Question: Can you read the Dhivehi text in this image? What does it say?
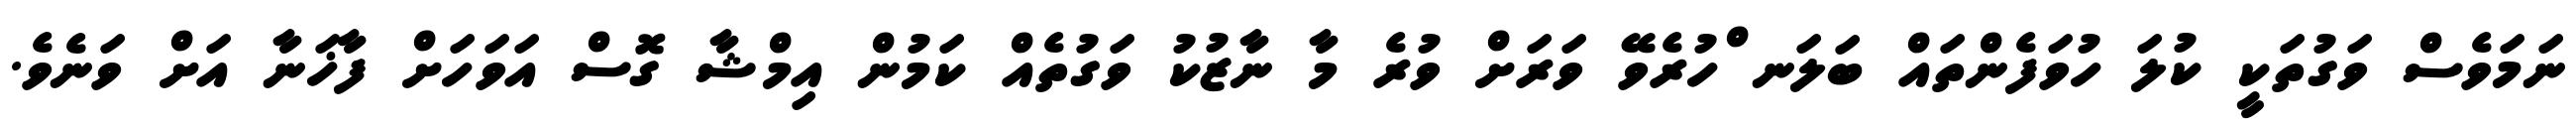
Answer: ނަމަވެސް ވަގުތަކީ ކުލަ ހުވަފެންތައް ބަލަނ ްހުރެވޭ ވަރަށް ވުރެ މާ ނާޒުކު ވަގުތެއް ކަމުން އިމްޝާ ގޮސް އަވަހަށް ފާޚަނާ އަށް ވަނެވެ.